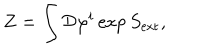
Z = \int { \cal D } \varphi ^ { i } \exp S _ { \mathrm { e x t } } ,